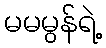
မမမွန်ရဲ့